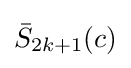
{\bar {S}}_{2k+1}(c)